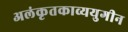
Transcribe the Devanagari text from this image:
अलंकृतकाव्ययुगीन